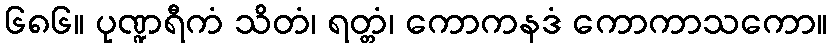
၆၈၆။ ပုဏ္ဍရီကံ သိတံ၊ ရတ္တံ၊ ကောကနဒံ ကောကာသကော။